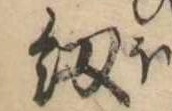
紐